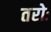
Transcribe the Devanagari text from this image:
तरोः